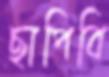
ছাপিবি